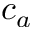
c _ { a }